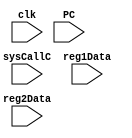
module sysCall(sysCallC, reg1Data, reg2Data, clk, PC);
    input wire sysCallC;
    input wire [31:0] reg1Data;
    input wire [31:0] reg2Data;
    input wire clk;
    input wire [31:0] PC;           
    integer clk_Count = 0; 
    always @(posedge clk) begin
        if(sysCallC == 1)begin
            if(reg1Data == 1)begin
                $display("[syscall]     clk: %0d, PC:%0d, output:%0d",clk_Count,PC,reg2Data);
            end
        end
    end
    always @(posedge clk)begin
        clk_Count <= clk_Count + 1;
    end
endmodule




module SignExtend(result,in);
    input [15:0] in;
    output [31:0] result;
    assign result = {{16{in[15]}}, in};
endmodule
module RegFile(reg1Data,reg2Data,regW,r1A,r2A,wrA,wrD,clk,PC);
    output [31:0] reg1Data;    //register 1 Data
    output [31:0] reg2Data;    //register 2 Data
    input wire [31:0] wrD;          //write data
    input wire regW;                //register write
    input wire [4:0] r1A;           //register 1 address
    input wire [4:0] r2A;           //register 2 address
    input wire [4:0] wrA;           //write register address
    input wire clk;
    input wire [31:0] PC;           //For debuging issues 
    reg [31:0] Registers [0:31];
    integer clk_Count = 0; 
    integer i;
        
    initial begin
        for (i=0;i<=31;i=i+1) Registers[i] = i; //initialize registers--just so they aren?t cares
	Registers[31] = 8191;
	$write("[Reg Init]    ");
	for (i=0;i<=31;i=i+1)begin
		$write("%b, ",Registers[i]);
	end
	$write("\n");
    end 

       assign reg1Data = Registers[r1A];
       assign reg2Data = Registers[r2A];
    
    
    always @(posedge clk)begin
        if(regW == 1) begin
            if(wrA != 0)begin
                Registers[wrA] = wrD;
                $display("[Reg File]    clk: %0d, PC:%0d, regNumber:%0d, regValue:%0d",clk_Count,PC,wrA,wrD);
            end
            else begin
                Registers[wrA] = 0;
                $display("[Reg File]    clk: %0d, PC:%0d, regNumber:%0d, regValue:%b",clk_Count,PC,wrA,32'b0);
            end
        end
    end

    always @(posedge clk)begin
        clk_Count <= clk_Count + 1;
        if (clk_Count > 9999) begin
            $finish();
        end
    end
endmodule


module InstMem(insData,pc);
    input wire [14:0] pc;
    output wire [31:0] insData;
    reg [7:0] memory [0:1023];
integer fileInstruction;
    assign insData = {memory[pc],memory[pc+1],memory[pc+2],memory[pc+3]};
    initial begin
        fileInstruction = $fopen("instructionMem.txt","r");
	$readmemb("../biteCode/verilogRunFile.txt",memory,0,1023);
    end 
endmodule
module DataMem(data,address,wData,read,write,PC,clk);
    output wire [31:0] data;
    input wire [31:0] wData;
    input wire [31:0] address;
    input wire read;
    input wire write;
    input wire [31:0] PC;
    input wire clk;
    reg [7:0] memory [0:1023];
    integer clk_Count = 0;
integer fileData ;
    initial 
begin 
fileData = $fopen("dataMem.txt","r");
$readmemb("dataMem.txt",memory,0,1023);
end 
    assign data = (read) ? {memory[address+3],memory[address+2],memory[address+1],memory[address]} : 32'bxxxxxxxxxxxxxxxxxxxxxxxxxxxxxxxx;
    always @(posedge clk) begin
        if (write === 1) begin
            memory[address] <= wData[7:0];
            memory[address + 1] <= wData[15:8];
            memory[address + 2] <= wData[23:16];
            memory[address + 3] <= wData[31:24];
            $display("[Data Memory] clk: %0d, PC:%0d, memAdress:%0d, value:%b",clk_Count,PC,address,wData);
        end
    end
    always @(posedge clk)begin
        clk_Count <= clk_Count + 1;
    end
endmodule

module Control(OpCode, func, RegDest, Branch, BranchNot, MemRead, MemToReg, ALUOp, MemWrite, ALUSrc, RegWrite, Jump, JumpR, Jal, syscall);
	
	input  [5:0] OpCode, func;
	output reg RegDest, Branch, BranchNot, MemRead, MemToReg, MemWrite, ALUSrc, RegWrite, Jump, JumpR, Jal, syscall;
	output reg [3:0]ALUOp;
	
	initial begin
		RegDest <=0;
		Branch 	<=0;
		MemRead <=0;
		MemToReg <=0;
		MemWrite <=0;
	    ALUSrc <=0;
		RegWrite <=0;
		Jump <= 0;
		ALUOp <= 0;
		BranchNot <= 0;
		JumpR <= 0;
		syscall <= 0; 
	end
	
	always @(OpCode or func)
	begin
		if(OpCode == 0)       // OpCode of R type
		begin
			Branch <= 0;
			MemRead <= 0;
			MemWrite <= 0;
			ALUSrc <= 0;
			RegWrite <= 1;
			Jump<= 0 ;
			
			MemToReg <= 0;
			RegDest <= 1;
			ALUOp <= 4'b0000;
			BranchNot <= 0;
			JumpR <= (func == 8);
			Jal <= 0;
			syscall <= 0;
		end
		else if(OpCode == 35) // OpCode of the LW
		begin
			Branch <= 0;
			MemRead <= 1;
			MemWrite <= 0;
			ALUSrc <= 1;
			RegWrite <=1;
			Jump <=0;
			
			MemToReg <= 1;
			RegDest <= 0;
			ALUOp <= 4'b0010;
			BranchNot <= 0;
			JumpR <= 0;
			Jal <= 0;
			syscall <= 0;
		end
		else if(OpCode == 43) // OpCode of the SW
		begin
			Branch <= 0;
			MemRead <= 0;
			MemWrite <= 1;
			ALUSrc <= 1;
			RegWrite <= 0;
			Jump <= 0;
			 // RegDest and MemToReg are dont cares
			RegDest <= 1'bx;
			MemToReg <= 1'bx;
			ALUOp <= 4'b0010;
			BranchNot <= 0;
			JumpR <= 0;
			Jal <= 0;
			syscall <= 0;
		end
		else if(OpCode == 4) // OpCode of the beq
		begin
			Branch <= 1;
			MemRead <=0;
			MemWrite <=0;
			ALUSrc <=0;
			RegWrite <=0;
			Jump <=0;
			 // RegDest and MemToReg are dont cares
			RegDest <= 1'bx;
			MemToReg <= 1'bx;
			ALUOp <= 4'b0110;
			BranchNot <= 0;
			JumpR <= 0;
			Jal <= 0;
			syscall <= 0;
		end
		else if (OpCode == 2) // opcode of the jump 
		begin
			MemRead <= 0;
			MemWrite <= 0;
			RegWrite <= 0;
			Jump <= 1;
			
			
			ALUSrc <=1'bx;
			Branch <= 1'bx;
			RegDest <= 1'bx;	
			MemToReg <= 1'bx;
			ALUOp <= 4'bxxxx;
			BranchNot <= 0;
			JumpR <= 0;
			Jal <= 0;
			syscall <= 0;
		end
		else if (OpCode == 3) // opcode of the jal
		begin
			MemRead <= 0;
			MemWrite <=0;
			RegWrite <= 1;
			Jump <= 0;
			Branch <= 1'b0;
			ALUSrc <= 1'bx;
			RegDest <= 1'b1;	
			MemToReg <= 0;
			ALUOp <= 4'bxxxx;
			BranchNot <= 0;
			JumpR <= 0;
			Jal <= 1;
			syscall <= 0;
		end
		else if (OpCode == 8) // addi
		begin
			MemRead <=0;
			MemWrite <=0;
			RegWrite <=1;
			Jump <= 0;
			Branch <= 0;
			ALUSrc <= 1;
			RegDest <= 0;
			MemToReg <= 0;
			ALUOp <= 4'b0010;
			BranchNot <= 0;
			JumpR <= 0;
			Jal <= 0;
			syscall <= 0;
		end
		
		else if (OpCode == 12) // andi
		begin
			MemRead <= 0;
			MemWrite <= 0 ;
			RegWrite  <= 1;
			Jump <= 0;
			Branch <= 0;
			ALUSrc <= 1;
			RegDest <= 0;
			MemToReg <= 0;
			ALUOp <= 4'b0000;
			BranchNot <= 0;
			JumpR <= 0;
			Jal <= 0;
			syscall <= 0;
		end
		else if (OpCode == 13) // ori
		begin
			MemRead <=0 ;
			MemWrite <=0 ;
			RegWrite <=1;
			Jump <= 0;
			Branch <= 0;
			ALUSrc <= 1;
			RegDest <= 0;
			MemToReg <= 0;
			ALUOp <= 4'b0001;
			BranchNot <= 0;
			JumpR <= 0;
			Jal <= 0;
			syscall <= 0;
		end
		else if (OpCode == 14) // xori
		begin
			MemRead <= 0;
			MemWrite <= 0;
			RegWrite <= 1;
			Jump <= 0;
			Branch <= 0;
			ALUSrc <= 1;
			RegDest <= 0;
			MemToReg <= 0;
			ALUOp <= 13;
			BranchNot <= 0;
			JumpR <= 0;
			Jal <= 0;
			syscall <= 0;
		end
		else if (OpCode == 10) // slti
		begin
			MemRead <= 0;
			MemWrite <= 0;
			RegWrite <= 1;
			Jump <= 0;
			Branch <= 0;
			ALUSrc <= 1;
			RegDest <= 0;
			MemToReg <= 0;
			ALUOp <= 7;
			BranchNot <= 0;
			JumpR <= 0;
			Jal <= 0;
			syscall <= 0;
		end
		else if (OpCode == 32) // lb
		begin
			MemRead <=1;
			MemWrite <=0;
			RegWrite <=1;
			Jump <= 0;
			Branch <= 0;
			ALUSrc <= 1;
			RegDest <= 0;
			MemToReg <= 0;
			ALUOp <= 4'b0110;
			BranchNot <= 0;
			JumpR <= 0;
			Jal <= 0;
			syscall <= 0;
		end
		else if (OpCode == 15) // lui
		begin
			MemRead <=0;
			MemWrite <=0;
			RegWrite <=1;
			Jump <= 0;
			Branch <= 0;
			ALUSrc <= 1;
			RegDest <= 0;
			MemToReg <= 0;
			ALUOp <= 14;
			BranchNot <= 0;
			JumpR <= 0;
			Jal <= 0;
			syscall <= 0;
		end
		else if (OpCode == 5) // bne
		begin
			MemRead <=0;
			MemWrite <=0;
			RegWrite <=0;
			Jump <= 0;
			Branch <= 0;
			ALUSrc <= 1'b0;
			RegDest <= 1'bx;
			MemToReg <= 1'bx;
			ALUOp <= 6;
			BranchNot <= 1;
			JumpR <= 0;
			Jal <= 0;
			syscall <= 0;
		end
		else if (OpCode == 63)
		begin
			$display("Finished");
			$finish();
		end
		else if (OpCode == 62) // syscall
		begin
			RegDest <=0;
			Branch 	<=0;
			MemRead <=0;
			MemToReg <=0;
			MemWrite <=0;
			ALUSrc <=0;
			RegWrite <=0;
			Jump <= 0;
			ALUOp <= 0;
			BranchNot <= 0;
			JumpR <= 0;
			syscall <= 1;
		end
		else
		begin
			RegDest <=0;
			Branch <=0;
			MemRead <=0;
			MemToReg <=0;
			MemWrite <=0;
			ALUSrc <=0;
			RegWrite <=0;
			Jump <= 0;
			ALUOp <= 0;
			BranchNot <= 0;
			JumpR <= 0;
			Jal <= 0;
			syscall <= 0;
		end
	end
endmodule

module ALUControl(ALUOp, Func, Sel);
	input [5:0] Func;
	input [3:0] ALUOp;
	output reg [3:0]  Sel;
	always@(ALUOp or Func)
        begin
		if( ALUOp == 0)
		begin
			if(Func == 32) 		// add
				Sel = 2;
			else if (Func == 34) 	// sub
				Sel = 6;
			else if (Func == 36) 	// and
				Sel = 0;
			else if (Func == 37) 	// 0r
				Sel = 1;
			else if (Func == 42) 	// slt
				Sel = 7;
			else if (Func == 39) 	// nor
				Sel = 12;
			else if (Func == 38) 	// xor
				Sel = 13;
			else if (Func == 0) 	// sll
				Sel = 14;
			else if (Func == 2) 	// srl
				Sel = 15;
			else if (Func == 3) 	// sra
				Sel = 11;
			else
				Sel = 0;
		end

		else // lw sw lui
			Sel = ALUOp;
	end
endmodule

module ALU(A, B, ALUCtrl, ALUOut, shamt, Zero);
	input wire [3:0] ALUCtrl;
	input wire [4:0] shamt;
	input wire [31:0] A;
	input wire [31:0] B;
	output reg [31:0] ALUOut;
	output Zero;
	
	initial begin
		ALUOut = 0;
	end
	
	assign Zero = (ALUOut == 0) ? 1 : 0;
	always @(ALUCtrl, A, B)
	begin
		case(ALUCtrl)
			0: 	ALUOut <= A & B;
			1: 	ALUOut <= A | B;
			2: 	ALUOut <= A + B;
			6: 	ALUOut <= A - B;
			7: 	ALUOut <= A < B ? 1 : 0;
			12: 	ALUOut <= ~(A | B);
			13: 	ALUOut <= ~(A ^ B);
			14: 	ALUOut <= (B << shamt);
			15: 	ALUOut <= (B >> shamt);
			11: 	ALUOut <= (B >>> shamt);  // sra
			17:	ALUOut <= (B << 16); 	 // lui
			default: ALUOut <= 0; 
		endcase
	end
endmodule
module adder_32(sum,cout,num1,num2,cin);
    output wire [31:0] sum;
    output wire cout;
    input wire [31:0] num1;
    input wire [31:0] num2;
    input wire cin;
    wire [32:0] c;
    assign c[0] = cin;
    assign cout = c[32];
    adder add [31:0] (sum[31:0],c[32:1],num1[31:0],num2[31:0],c[31:0]);
endmodule


module adder(sum,cout,num1,num2,cin);
    output wire sum, cout;
    input wire num1, num2, cin;
    wire w1,w2,w3;
    xor(w1,num1,num2);
    xor(sum,w1,cin);
    and(w2,w1,cin);
    and(w3,num1,num2);
    or(cout,w2,w3);
endmodule
module Mux_32(out,sel,in1,in2);
    output wire [0:31] out;
    input wire sel;
    input wire [0:31] in1;
    input wire [0:31] in2;
    assign out = (sel == 0) ? in1 : in2;
endmodule


module Mux_5(out,sel,in1,in2);
    output wire [0:4] out;
    input wire sel;
    input wire [0:4] in1;
    input wire [0:4] in2;
    assign out = (sel == 0) ? in1 : in2;
endmodule

module Mux_11(out,sel,in1,in2);
    output wire [0:10] out;
    input wire sel;
    input wire [0:10] in1;
    input wire [0:10] in2;
    assign out = (sel == 0) ? in1 : in2;
endmodule

module Mux_1(out,sel,in1,in2);
    output wire out;
    input wire sel;
    input wire in1;
    input wire in2;
    assign out = (sel == 0) ? in1 : in2;
endmodule